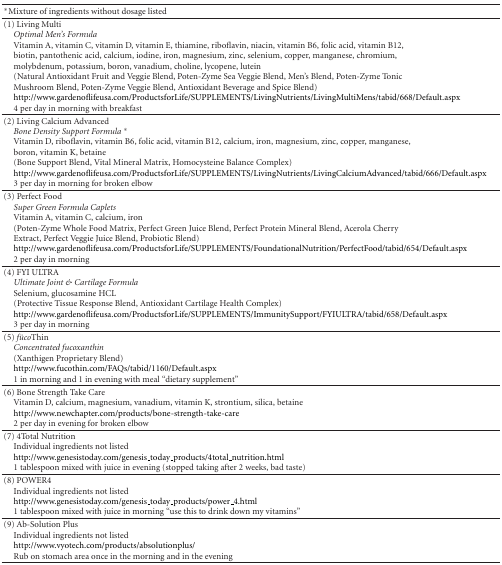
<table><thead><tr><td><b>*Mixture of ingredients without dosage listed</b></td><td></td></tr></thead><tbody><tr><td>(1) Living Multi<i> Optimal Men&#x27;s Formula </i> Vitamin A, vitamin C, vitamin D, vitamin E, thiamine, riboflavin, niacin, vitamin B6, folic acid, vitamin B12,biotin, pantothenic acid, calcium, iodine, iron, magnesium, zinc, selenium, copper, manganese, chromium,molybdenum, potassium, boron, vanadium, choline, lycopene, lutein(Natural Antioxidant Fruit and Veggie Blend, Poten-Zyme Sea Veggie Blend, Men&#x27;s Blend, Poten-Zyme TonicMushroom Blend, Poten-Zyme Veggie Blend, Antioxidant Beverage and Spice Blend)http://www.gardenoflifeusa.com/ProductsforLife/SUPPLEMENTS/LivingNutrients/LivingMultiMens/tabid/668/Default.aspx 4 per day in morning with breakfast</td><td></td></tr><tr><td>(2) Living Calcium Advanced<i>Bone Density Support Formula</i>* Vitamin D, riboflavin, vitamin B6, folic acid, vitamin B12, calcium, iron, magnesium, zinc, copper, manganese,boron, vitamin K, betaine (Bone Support Blend, Vital Mineral Matrix, Homocysteine Balance Complex)http://www.gardenoflifeusa.com/ProductsforLife/SUPPLEMENTS/LivingNutrients/LivingCalciumAdvanced/tabid/666/Default.aspx 3 per day in morning for broken elbow</td><td></td></tr><tr><td>(3) Perfect Food<i>Super Green Formula Caplets </i> Vitamin A, vitamin C, calcium, iron (Poten-Zyme Whole Food Matrix, Perfect Green Juice Blend, Perfect Protein Mineral Blend, Acerola CherryExtract, Perfect Veggie Juice Blend, Probiotic Blend) http://www.gardenoflifeusa.com/ProductsforLife/SUPPLEMENTS/FoundationalNutrition/PerfectFood/tabid/654/Default.aspx 2 per day in morning</td><td></td></tr><tr><td>(4) FYI ULTRA<i>Ultimate Joint &amp; Cartilage Formula </i> Selenium, glucosamine HCL(Protective Tissue Response Blend, Antioxidant Cartilage Health Complex)http://www.gardenoflifeusa.com/ProductsforLife/SUPPLEMENTS/ImmunitySupport/FYIULTRA/tabid/658/Default.aspx 3 per day in morning</td><td></td></tr><tr><td>(5) <i>füco</i>Thin<i>Concentrated fucoxanthin </i> (Xanthigen Proprietary Blend)http://www.fucothin.com/FAQs/tabid/1160/Default.aspx 1 in morning and 1 in evening with meal “dietary supplement”</td><td></td></tr><tr><td>(6) Bone Strength Take Care Vitamin D, calcium, magnesium, vanadium, vitamin K, strontium, silica, betainehttp://www.newchapter.com/products/bone-strength-take-care 2 per day in evening for broken elbow</td><td></td></tr><tr><td>(7) 4Total Nutrition Individual ingredients not listed http://www.genesistoday.com/genesis_today_products/4total_nutrition.html 1 tablespoon mixed with juice in evening (stopped taking after 2 weeks, bad taste)</td><td></td></tr><tr><td>(8) POWER4 Individual ingredients not listed http://www.genesistoday.com/genesis_today_products/power_4.html 1 tablespoon mixed with juice in morning “use this to drink down my vitamins”</td><td></td></tr><tr><td>(9) Ab-Solution PlusIndividual ingredients not listed http://www.vyotech.com/products/absolutionplus/ Rub on stomach area once in the morning and in the evening</td><td></td></tr></tbody></table>